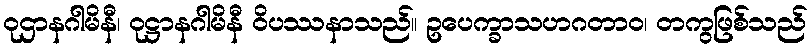
ဝုဌာနဂါမိနီ၊ ဝုဋ္ဌာနဂါမိနီ ဝိပဿနာသည်။ ဥပေက္ခာသဟဂတာဝ၊ တကွဖြစ်သည်